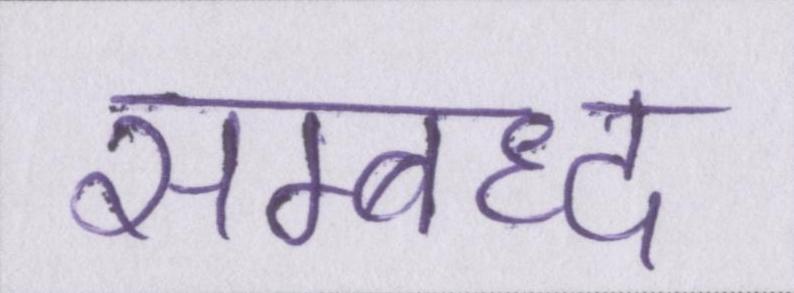
सम्बध्द